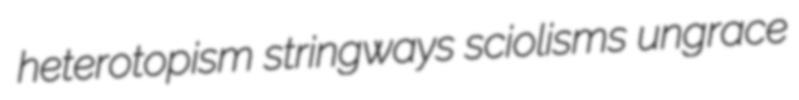
heterotopism stringways sciolisms ungrace